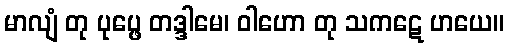
မာလျံ တု ပုပ္ဖေ တဒ္ဒါမေ၊ ဝါဟော တု သကဋေ ဟယေ။